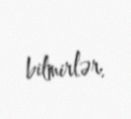
bilmirlər.